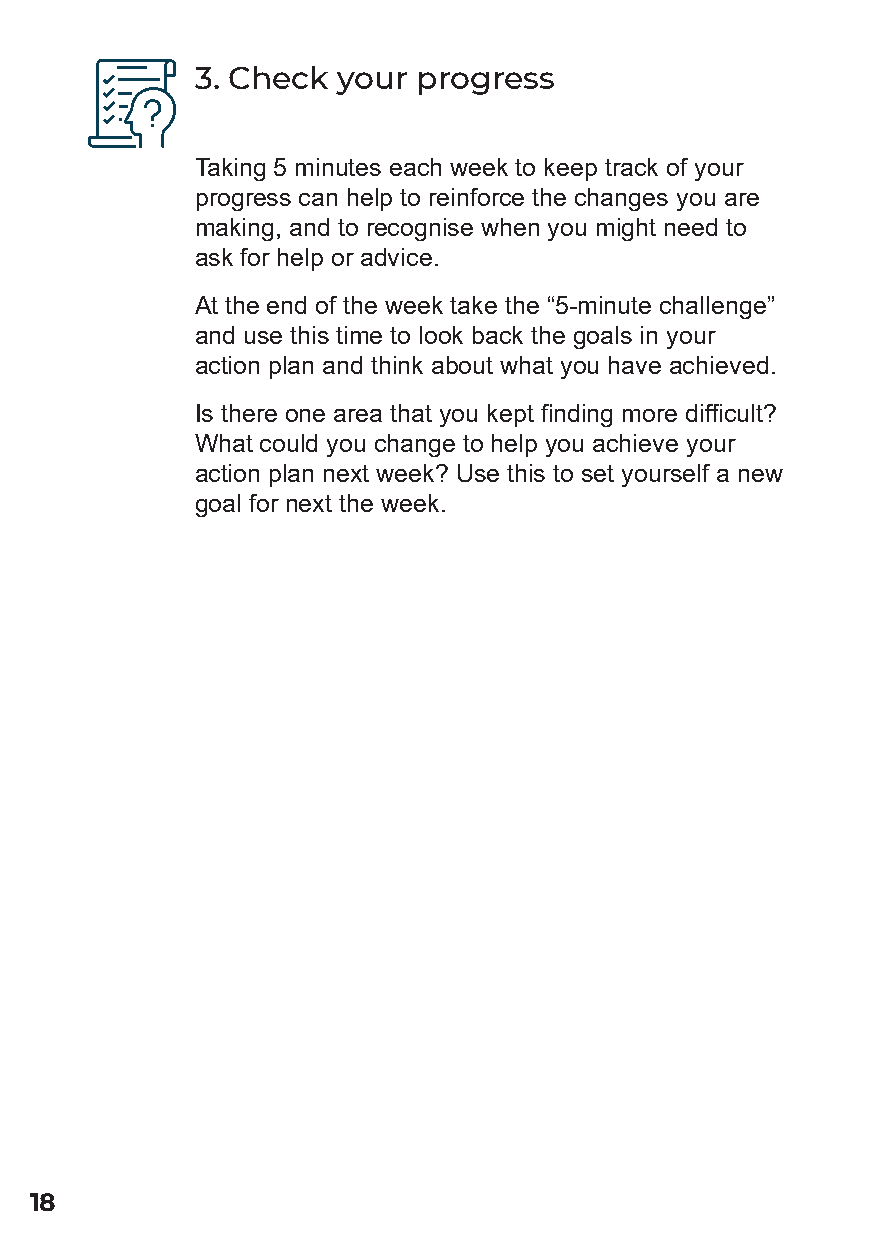
3. Check your  progress
 Taking 5 minutes each week to keep track of your
 progress can help to reinforce the changes you are
 making, and to recognise when you might need to
 ask for help or advice.
 At the end of the week take the “5-minute challenge”
 and use this time to look back the goals in your
 action plan and think about what you have achieved.
 Is there one area that you kept finding more difficult?
 What could you change to help you achieve your
 action plan next week? Use this to set yourself a new
 goal for next the week.
 18